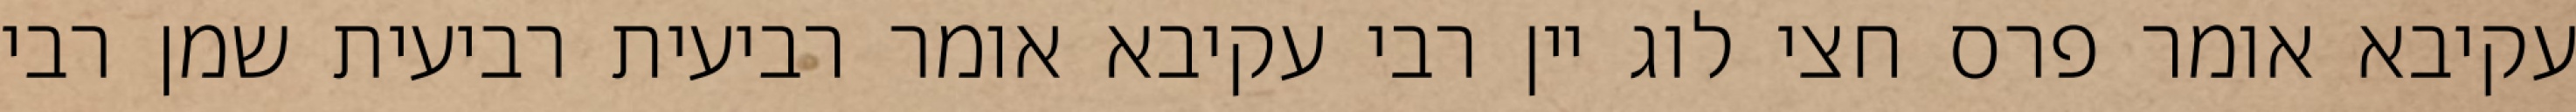
עקיבא אומר פרס חצי לוג יין רבי עקיבא אומר רביעית רביעית שמן רבי